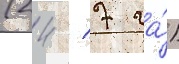
(24 / 7 га́)